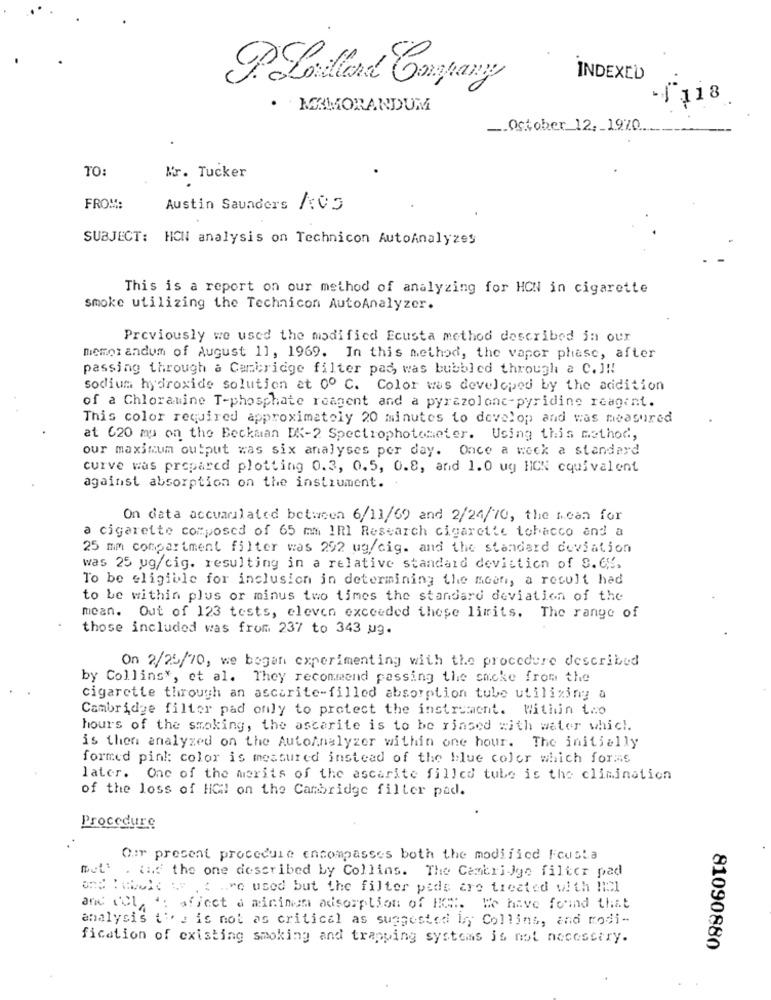
INDEXED
P.Lo More Company
-f118
· MEMORANDUM
_. October 12, 1970 ....
TO:
Mr. Tucker
FROM:
Austin Saunders /:05
SUBJECT: HON analysis on Technicon AutoAnalyzes
This is a report on our method of analyzing for HCN in cigarette
smoke utilizing the Technicon AutoAnalyzer.
Previously we used the modified Ecusta method described in our
memor andum of August 11, 1969. In this method, the vapor phase, after
passing through a Cambridge filter pas, was bubbled through a C. J !!
sodium hydroxide solution et 0º C. Color was developed by the addition
of a Chloramine T-phosphate reagent and a pyrazolone-pyriding reagent.
This color required approximately 20 minutes to develop and was measured
at 620 mu on the Beckman DK-2 Spectrophotometer. Using this method,
our maximum output was six analyses per day. Once a week a standard
curve was prepared plotting 0.3, 0.5, 0.8, and 1.0 ug HON equivalent
against absorption on the instrument.
On data accuarilated between 6/11/69 and 2/24/70, the Mean for
a cigarette composed of 65 mm IRI Research cigarette tobacco and a
25 mm compartment filter was 292 mg/ cig. and the standard deviation
was 25 ug/cig. resulting in a relative standard deviation of S.6KS,
To be eligible for inclusion in determining the moon, a result had
to be within plus or minus two times the standard deviation of the
mean. Out of 123 tests, eleven exceeded these limits. The range of
those included was from 237 to 343 ug.
On 2/25/70, we began experimenting with the procedure described
by Collins *, et al. They recommend passing the smoke from the
cigarette through an ascarite-filled absorption tube utilizing a
Cambridge filter pad only to protect the instrument. Within two
hours of the smoking, the ascarite is to be rinsed with water which.
is then analyzed on the AutoAnalyzer within one hour. The initially
formed pink: color is measured instead of the blue color which for. s
later. One of the merits of the ascarite filled tube is the elimination
of the loss of HOil on the Cambridge filter pad.
Procedure
Our present procedure encompasses both the modified Fcusta
But
. (ad the one described by Collins. The Cambridge filter pad
and !abelt w , { "re used but the filter pide are treated with lidl
and (OL ': affect a minimum adsorption of HG. We have found that
analysis tis is not as critical as suggested iny Collins, and modi-
fication of existing smoking and trapping systems is not nocosttry.
81090880